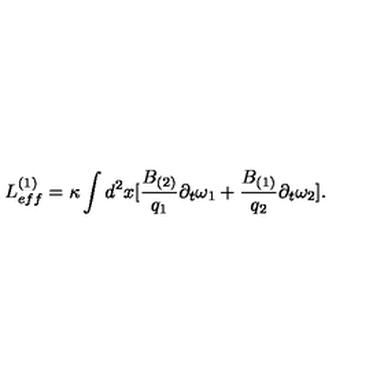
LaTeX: L _ { e f f } ^ { ( 1 ) } = \kappa \int d ^ { 2 } x [ \frac { B _ { ( 2 ) } } { q _ { 1 } } \partial _ { t } \omega _ { 1 } + \frac { B _ { ( 1 ) } } { q _ { 2 } } \partial _ { t } \omega _ { 2 } ] .